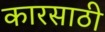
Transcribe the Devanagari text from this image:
कारसाठी